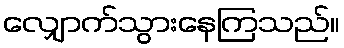
လျှောက်သွားနေကြသည်။